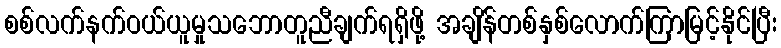
စစ်လက်နက်ဝယ်ယူမှုသဘောတူညီချက်ရရှိဖို့ အချိန်တစ်နှစ်လောက်ကြာမြင့်နိုင်ပြီး